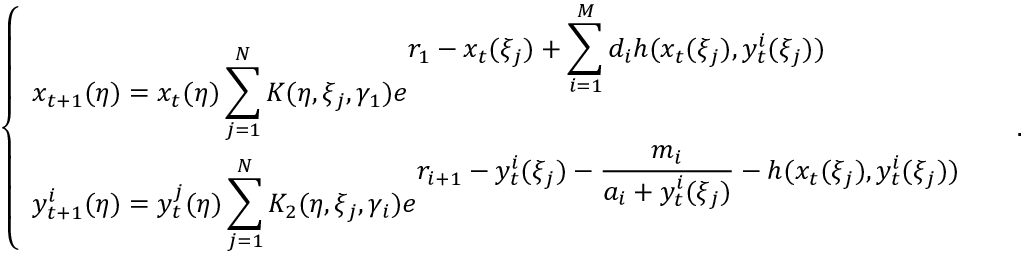
\left\{ \begin{array} { l l } { \displaystyle x _ { t + 1 } ( \eta ) = x _ { t } ( \eta ) \sum _ { j = 1 } ^ { N } K ( \eta , \xi _ { j } , \gamma _ { 1 } ) e ^ { \displaystyle r _ { 1 } - x _ { t } ( \xi _ { j } ) + \sum _ { i = 1 } ^ { M } d _ { i } h ( x _ { t } ( \xi _ { j } ) , y _ { t } ^ { i } ( \xi _ { j } ) ) } } & \\ { \displaystyle y _ { t + 1 } ^ { i } ( \eta ) = y _ { t } ^ { j } ( \eta ) \sum _ { j = 1 } ^ { N } K _ { 2 } ( \eta , \xi _ { j } , \gamma _ { i } ) e ^ { \displaystyle r _ { i + 1 } - y _ { t } ^ { i } ( \xi _ { j } ) - \frac { m _ { i } } { a _ { i } + y _ { t } ^ { i } ( \xi _ { j } ) } - h ( x _ { t } ( \xi _ { j } ) , y _ { t } ^ { i } ( \xi _ { j } ) ) } } & \end{array} \right. \; .